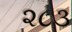
૨૮૩